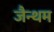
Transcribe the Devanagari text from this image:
जैन्थम